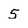
Character: 5